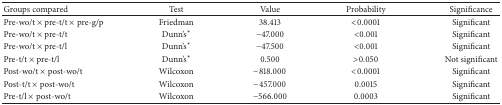
<table><thead><tr><td><b>Groups compared </b></td><td><b>Test</b></td><td><b>Value</b></td><td><b>Probability</b></td><td><b>Significance</b></td></tr></thead><tbody><tr><td>Pre-wo/t × pre-t/t × pre-g/p</td><td>Friedman</td><td>38.413</td><td>&lt;0.0001</td><td>Significant</td></tr><tr><td>Pre-wo/t × pre-t/t</td><td>Dunn&#x27;s*</td><td>−47.000</td><td>&lt;0.001</td><td>Significant</td></tr><tr><td>Pre-wo/t × pre-t/l</td><td>Dunn&#x27;s*</td><td>−47.500</td><td>&lt;0.001</td><td>Significant</td></tr><tr><td>Pre-t/t × pre-t/l</td><td>Dunn&#x27;s*</td><td>0.500</td><td>&gt;0.050</td><td>Not significant</td></tr><tr><td>Post-wo/t × post-wo/t</td><td>Wilcoxon</td><td>−818.000</td><td>&lt;0.0001</td><td>Significant</td></tr><tr><td>Post-t/t × post-wo/t</td><td>Wilcoxon</td><td>−457.000</td><td>0.0015</td><td>Significant</td></tr><tr><td>Pre-t/l × post-wo/t</td><td>Wilcoxon</td><td>−566.000</td><td>0.0003</td><td>Significant</td></tr></tbody></table>